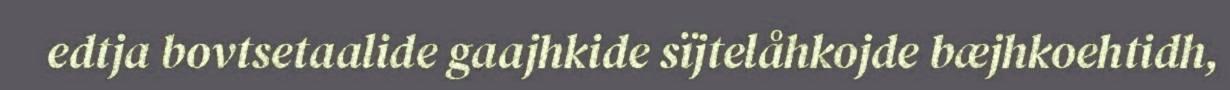
edtja bovtsetaalide gaajhkide sïjtelåhkojde bæjhkoehtidh,